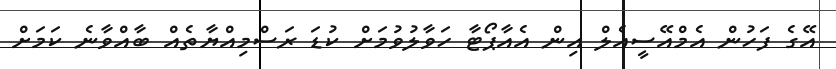
އޭގެ ފަހުން އެމްއޭސީއެލް އިން އެއާޕޯޓާ ހަވާލުވުމަށް ކުޑަ ރަސްމިއްޔާތެއް ބާއްވާނެ ކަމަށް